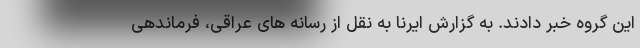
این گروه خبر دادند. به گزارش ایرنا به نقل از رسانه های عراقی، فرماندهی